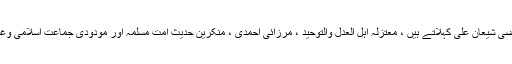
رافضی شیعان علی کہلاتے ہیں ، معتزلہ اہل العدل والتوحید ، مرزائی احمدی ، منکرین حدیث امت مسلمہ اور مودودی جماعت اسلامی وغیرہ۔